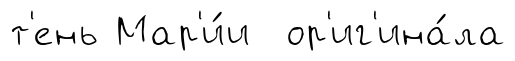
т'ень Мар'и́и ор'иг'ина́ла